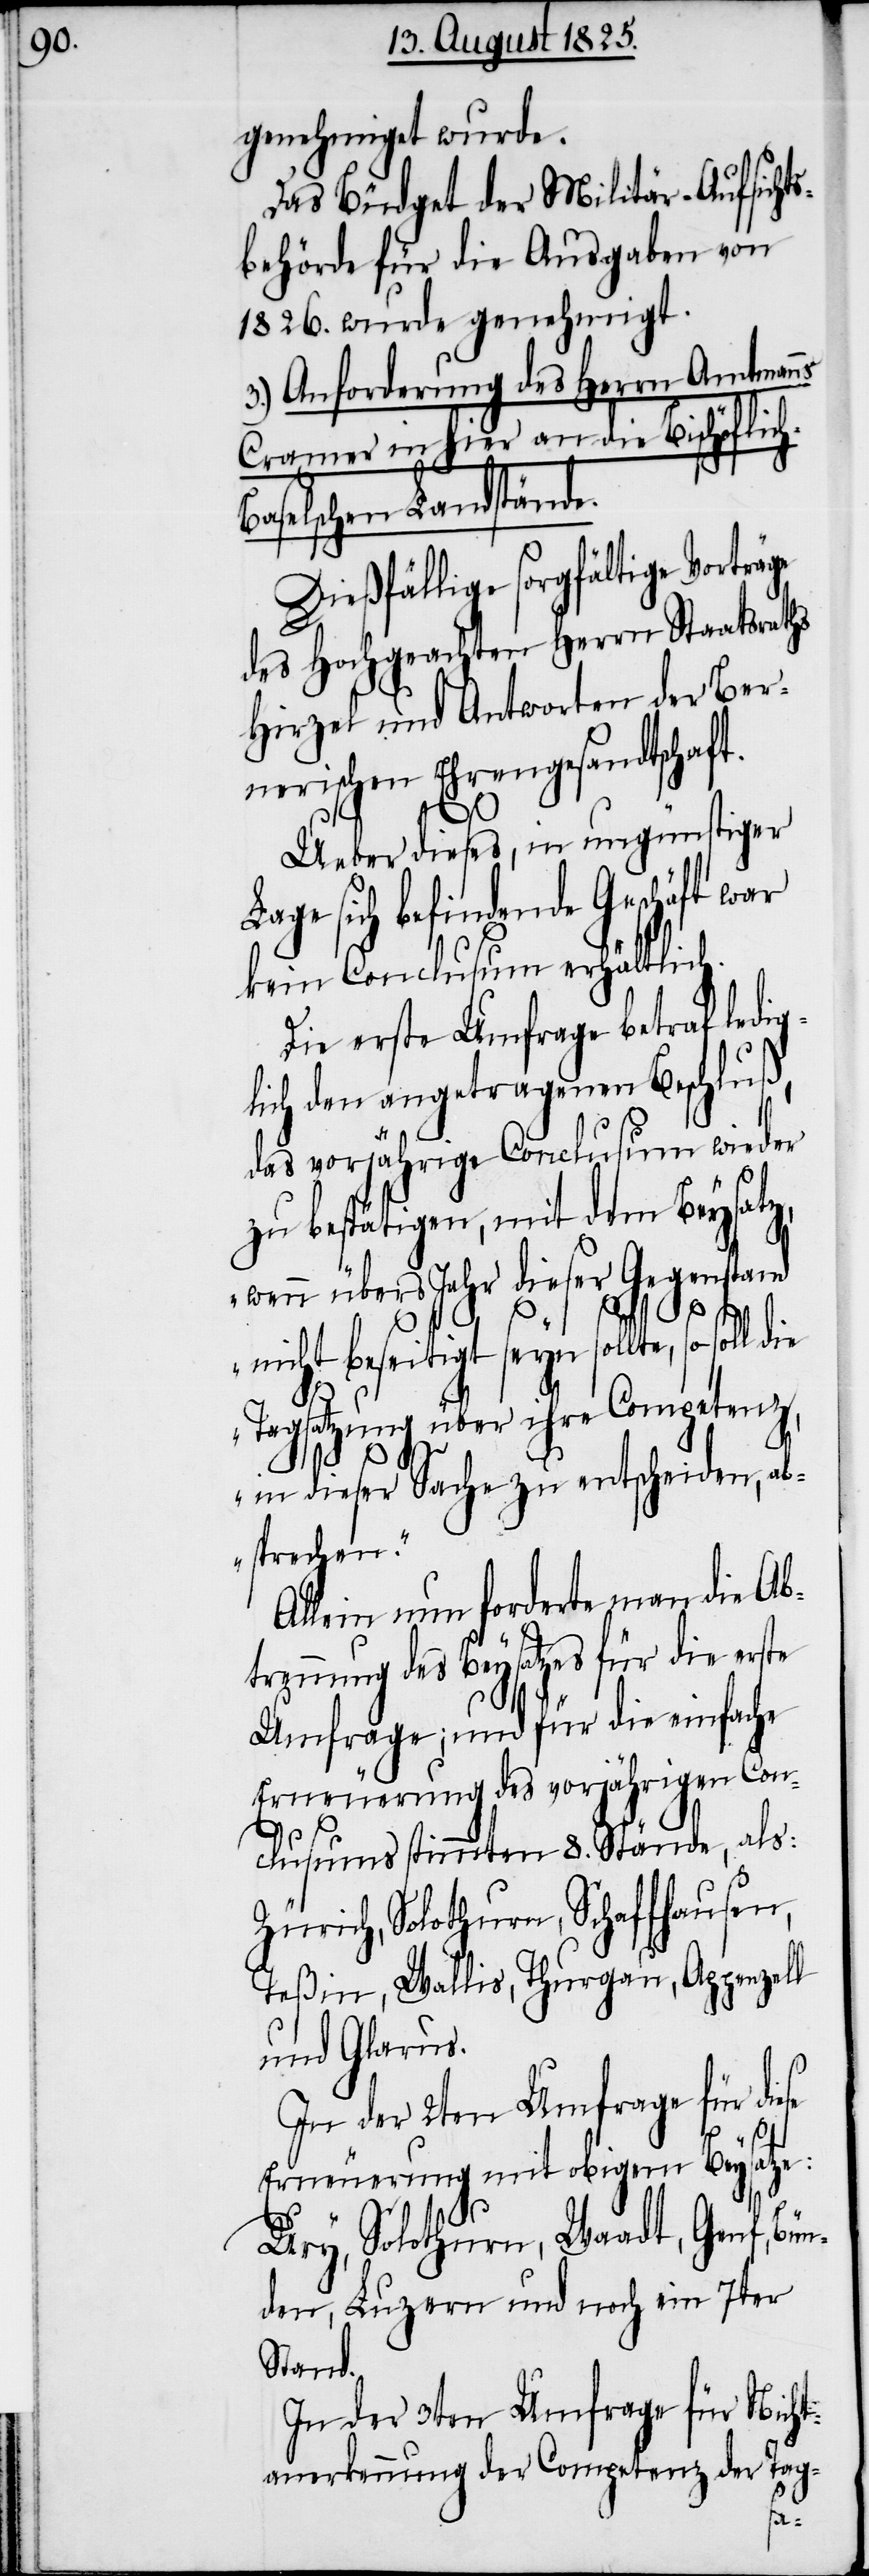
genehmigt wurde.
Das Büdget der Militär-Aufsicht¬
sbehörde für die Ausgaben von
1826. wurde genehmigt.
3.) Anforderung des Herrn Amtmanns
Cramer in hier an die Bischöflic¬
aselschen Landstände.
Dießfällige sorgfältige Vortr¬
des Hochgeachten Herrn Staatsraths
Hirzel und Antworten der Ber¬
nerischen Ehrengesandtschaft.
Ueber dieses, in ungünstiger
sich befindende Geschäft war
kein Conclusum erhältlich.
Die erste Umfrage betraf ledig¬
lich den angetragenen Beschluß,
das vorjährige Conclusum wieder
zu bestätigen, mit dem Beysatz,
„wenn übers Jahr dieser Gegenstand
des
erste
nicht beseitigt seyn sollte, so soll die
Tagsatzung über ihre Competenz,
in dieser Sache zu entschieden, ab¬
sprechen“.
Allein nun forderte man die Abt¬
Umfrage; und für die einfache
Erneuerung des vorjährigen Con¬
clusums stimmten 8. Stände, als:
Zürich, Solothurn, Schaffhausen,
Teßin, Wallis, Thurgau, Appenzell
und Glarus.
In der 2ten Umfrage für die¬
se
Erneuerung mit obigem Beysatze:
Ury, Solothurn, Waadt, Genf, Bün¬
den, Luzern und noch ein 7ter
Stand.
In der 3ten Umfrage für Nicht¬
anerkennung der Competenz der Tag-